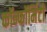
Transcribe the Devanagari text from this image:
कॉन्फॉर्मिटी